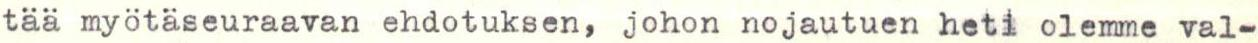
tää myötäseuraavan ehdotuksen, johon nojautuen heti olemme val-